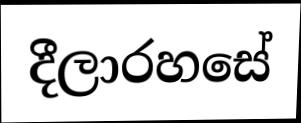
දීලාරහසේ